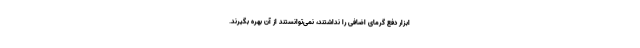
ابزار دفع گرمای اضافی را نداشتند، نمی‌توانستند از آن بهره بگیرند.